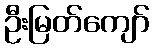
ဦးမြတ်ကျော်